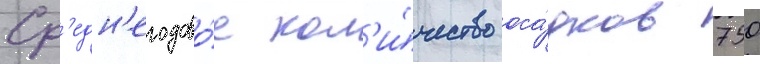
Ср'едн'егодово́е кол'и́чество оса́дков 750